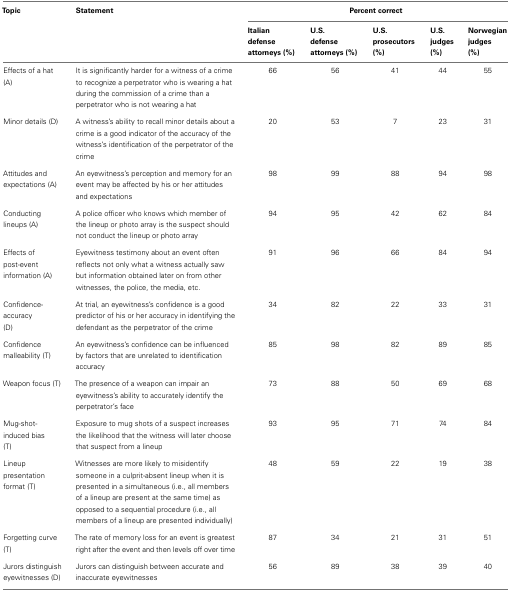
| Topic | Statement | <COLSPAN=5> Percent correct |
 |  |  | Italian defense attorneys (%) | U.S. defense attorneys (%) | U.S. prosecutors (%) | U.S. judges (%) | Norwegian judges (%) |
 | --- | --- | --- | --- | --- | --- | --- |
 | Effects of a hat (A) | It is significantly harder for a witness of a crime to recognize a perpetrator who is wearing a hat during the commission of a crime than a perpetrator who is not wearing a hat | 66 | 56 | 41 | 44 | 55 |
 | Minor details (D) | A witness’s ability to recall minor details about a crime is a good indicator of the accuracy of the witness’s identification of the perpetrator of the crime | 20 | 53 | 7 | 23 | 31 |
 | Attitudes and expectations (A) | An eyewitness’s perception and memory for an event may be affected by his or her attitudes and expectations | 98 | 99 | 88 | 94 | 98 |
 | Conducting lineups (A) | A police officer who knows which member of the lineup or photo array is the suspect should not conduct the lineup or photo array | 94 | 95 | 42 | 62 | 84 |
 | Effects of post-event information (A) | Eyewitness testimony about an event often reflects not only what a witness actually saw but information obtained later on from other witnesses, the police, the media, etc. | 91 | 96 | 66 | 84 | 94 |
 | Confidence-accuracy (D) | At trial, an eyewitness’s confidence is a good predictor of his or her accuracy in identifying the defendant as the perpetrator of the crime | 34 | 82 | 22 | 33 | 31 |
 | Confidence malleability (T) | An eyewitness’s confidence can be influenced by factors that are unrelated to identification accuracy | 85 | 98 | 82 | 89 | 85 |
 | Weapon focus (T) | The presence of a weapon can impair an eyewitness’s ability to accurately identify the perpetrator’s face | 73 | 88 | 50 | 69 | 68 |
 | Mug-shot-induced bias (T) | Exposure to mug shots of a suspect increases the likelihood that the witness will later choose that suspect from a lineup | 93 | 95 | 71 | 74 | 84 |
 | Lineup presentation format (T) | Witnesses are more likely to misidentify someone in a culprit-absent lineup when it is presented in a simultaneous (i.e., all members of a lineup are present at the same time) as opposed to a sequential procedure (i.e., all members of a lineup are presented individually) | 48 | 59 | 22 | 19 | 38 |
 | Forgetting curve (T) | The rate of memory loss for an event is greatest right after the event and then levels off over time | 87 | 34 | 21 | 31 | 51 |
 | Jurors distinguish eyewitnesses (D) | Jurors can distinguish between accurate and inaccurate eyewitnesses | 56 | 89 | 38 | 39 | 40 |